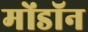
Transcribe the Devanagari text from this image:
मोंडॉन